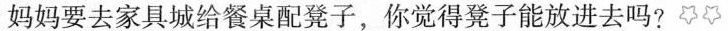
6妈妈要去家具城给餐桌配凳子，你觉得凳子能放进去吗?☆☆